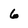
Character: 6